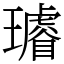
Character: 𤪽